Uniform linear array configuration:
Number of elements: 16
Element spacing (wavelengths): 1
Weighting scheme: hamming
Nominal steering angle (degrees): -30
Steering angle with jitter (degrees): -31.53
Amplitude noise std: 0.05
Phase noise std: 0.05

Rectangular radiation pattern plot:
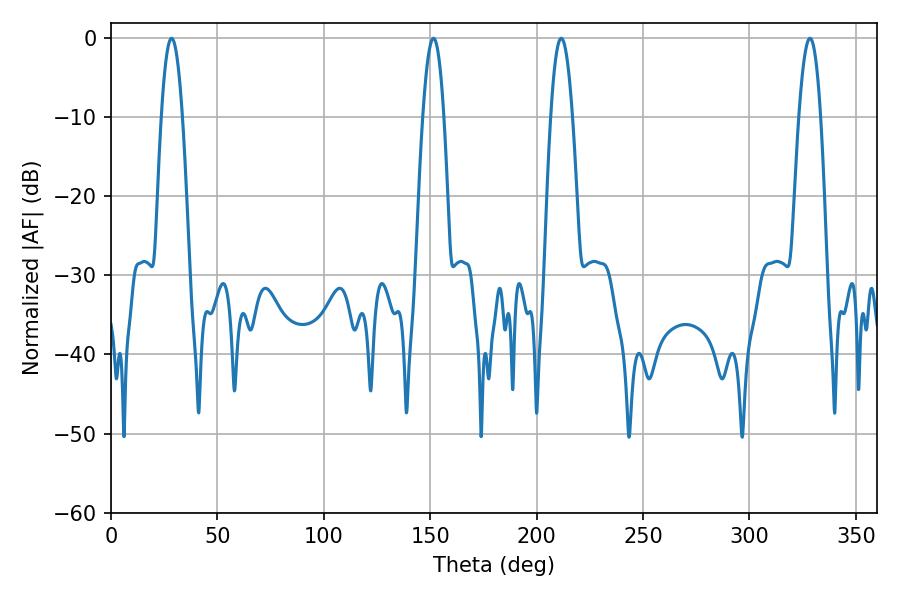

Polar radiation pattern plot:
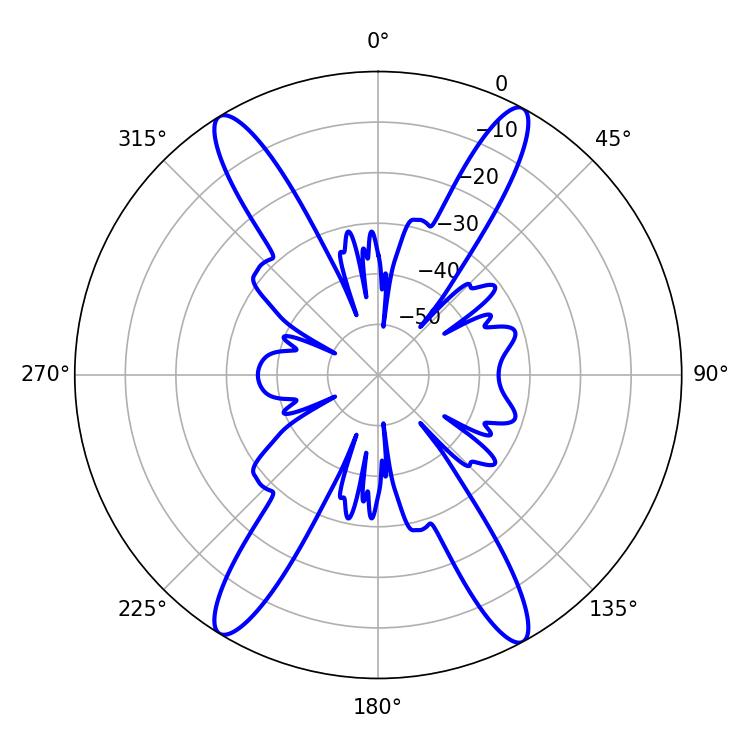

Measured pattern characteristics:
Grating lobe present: TRUE
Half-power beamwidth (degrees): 5.4
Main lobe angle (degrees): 28.44